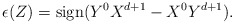
\begin{align*}\epsilon(Z) = \mbox{sign} (Y^0 X^{d+1}- X^0 Y^{d+1}).\end{align*}